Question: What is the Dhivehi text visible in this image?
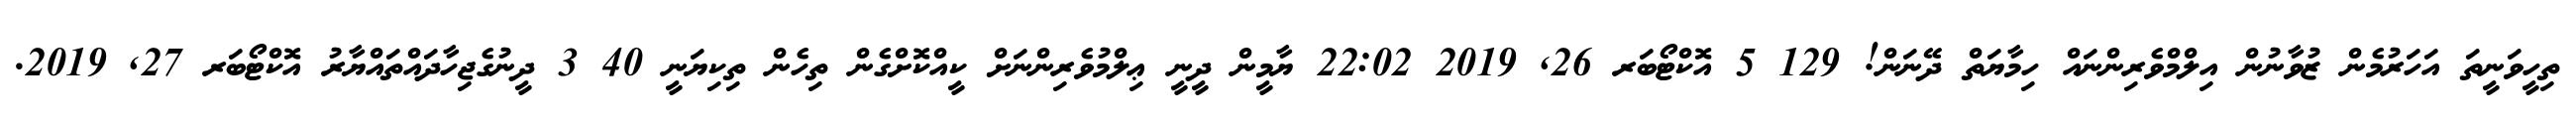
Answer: ތިހީވަނީތަ އަހަރުމެން ޒުވާނުން އިލްމްވެރިންނައް ހިމާޔަތް ދޭނަން! 129 5 އޮކްޓޯބަރ 26, 2019 22:02 ޔާމީން ދީނީ ޢިލްމުވެރިންނަށް ކީއްކޮށްގެން ތިހެން ތިކިޔަނީ 40 3 ދީނުގެޖިހާދައްތައްޔާރު އޮކްޓޯބަރ 27, 2019.